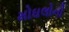
મોઘલોની